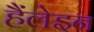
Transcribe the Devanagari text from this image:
हैंलेइन